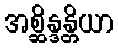
အစ္ဆိန္ဒန္တိယာ